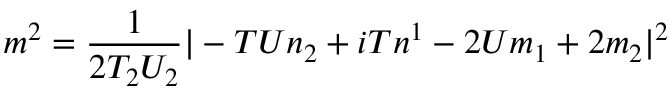
m ^ { 2 } = \frac { 1 } { 2 T _ { 2 } U _ { 2 } } | - T U n _ { 2 } + i T n ^ { 1 } - 2 U m _ { 1 } + 2 m _ { 2 } | ^ { 2 }